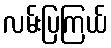
လမ်းပြကြယ်